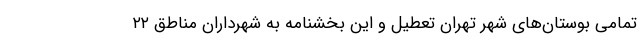
تمامی بوستان‌های شهر تهران تعطیل و این بخشنامه به شهرداران مناطق ۲۲